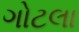
ગોટલા